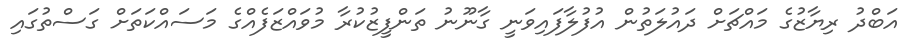
އަބްދު ރިޔާޒުގެ މައްޗަށް ދައުލަތުން އުފުލާފައިވަނީ ގާނޫނު ތަންފީޒުކުރާ މުވައްޒަފެއްގެ މަސައްކަތަށް ގަސްތުގައި